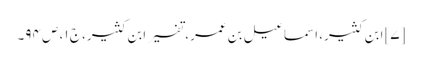
[۷] ابن کثیر، اسماعیل بن عمر، تفسیر ابن کثیر، ج ۱، ص ۹۴۔